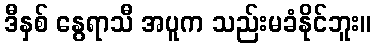
ဒီနှစ် နွေရာသီ အပူက သည်းမခံနိုင်ဘူး။